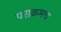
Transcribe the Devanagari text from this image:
पराक्रमच